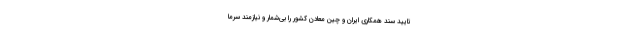
تایید سند همکاری ایران و چین معادن کشور را بی‌شمار و نیازمند سرما